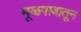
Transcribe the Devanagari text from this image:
मूळगावातून